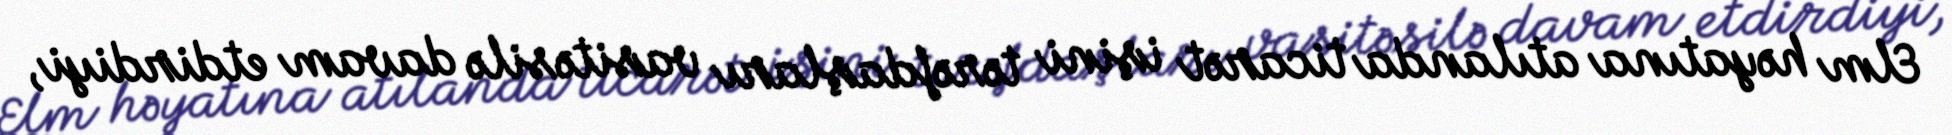
Elm həyatına atılanda ticarət işini tərəfdaşları vasitəsilə davam etdirdiyi,